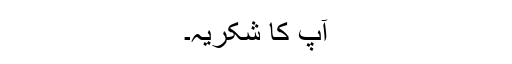
آپ کا شکریہ۔